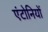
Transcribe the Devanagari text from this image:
एंटोनियों